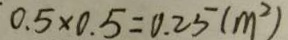
0 . 5 \times 0 . 5 = 0 . 2 5 ( m ^ { 2 } )